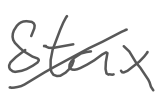
Text: Stax
Cross-out: diagonal
Writing tool: digital_gray